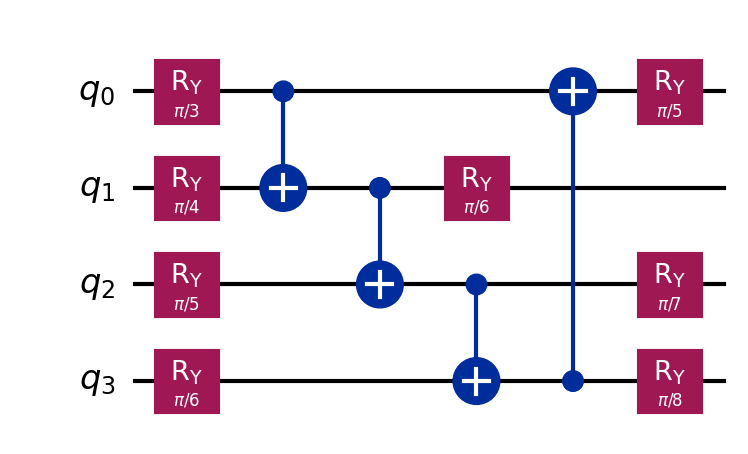
Description: VQE with Ry gates and circular CNOT entangling
描述: Ry门+环形CNOT纠缠的VQE
Category: variational (difficulty: intermediate)
Qubits: 4, circuit depth: 6

Braket implementation:
import math
from braket.circuits import Circuit
circuit = Circuit()
for i in range(4):
    circuit.ry(i, math.pi / (i + 3))
for i in range(3):
    circuit.cnot(i, i + 1)
circuit.cnot(3, 0)
for i in range(4):
    circuit.ry(i, math.pi / (i + 5))